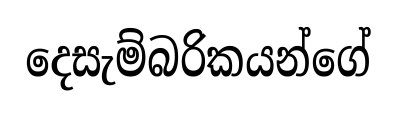
දෙසැම්බරිකයන්ගේ